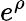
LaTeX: e^{\rho}